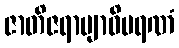
ဇာတိဇရာဗျာဓိမရဏံ